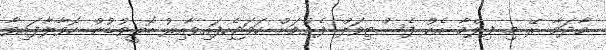
މާދަމާ ރޭ މި ފިލްމާ އެކު ފެސްޓިވަލް ފެށުމަށް ހަމަޖެހިފައިވާއިރު ބޮލީވުޑުން ހޮވާލާފައިވާ